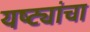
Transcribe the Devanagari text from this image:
यष्ट्यांचा